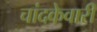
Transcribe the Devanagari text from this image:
चांदकेवारी